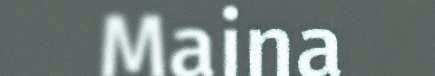
Maina